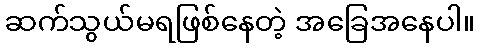
ဆက်သွယ်မရဖြစ်နေတဲ့ အခြေအနေပါ။